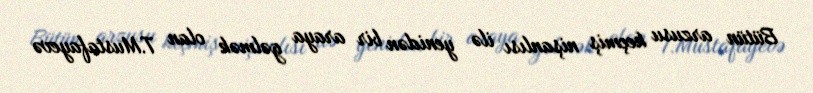
Bütün arzusu keçmiş nişanlısı ilə yenidən bir araya gəlmək olan T.Mustafayevə